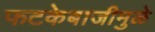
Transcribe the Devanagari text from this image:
फटकेबाजीमुळे